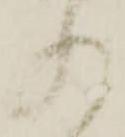
れ